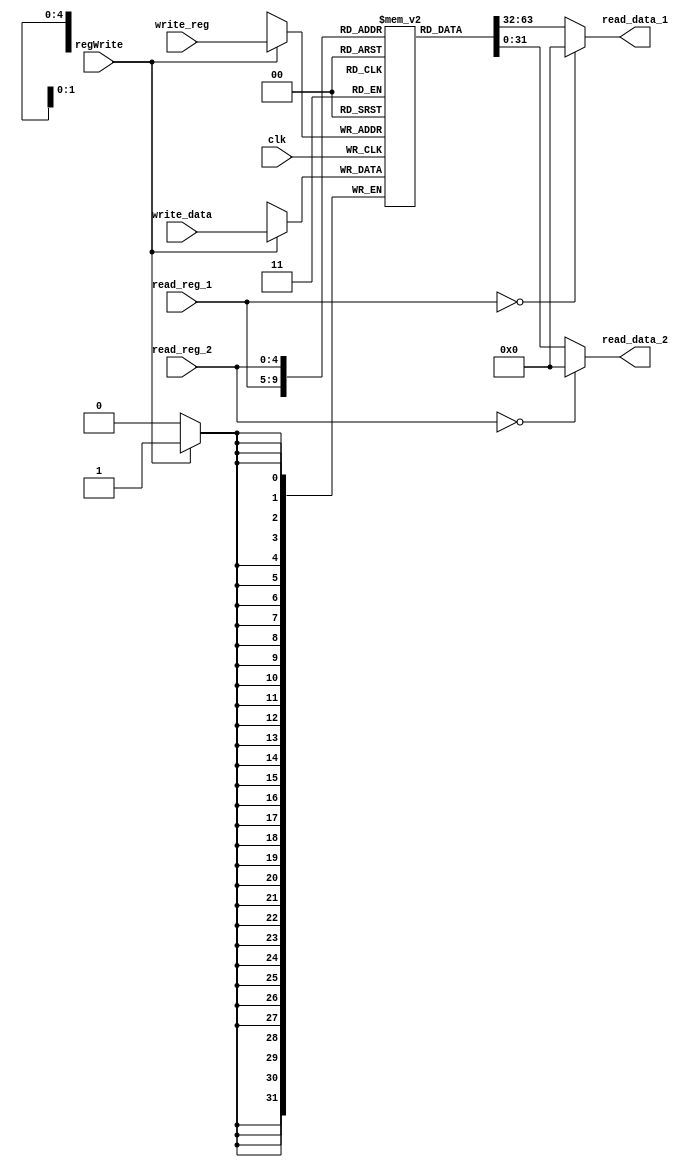
module rf(clk, read_reg_1, read_reg_2, write_reg, write_data, regWrite, read_data_1, read_data_2);
input clk;
input [4:0] read_reg_1, read_reg_2, write_reg;
input [31:0] write_data;
input regWrite;
output reg [31:0] read_data_1, read_data_2;
reg [31:0] registers[31:0];
always @ (read_reg_1, read_reg_2)
begin
read_data_1 <= (read_reg_1==0)? 32'b0 : registers[read_reg_1];
read_data_2 <= (read_reg_2==0)? 32'b0 : registers[read_reg_2];
end
always @(posedge clk)
begin
if(regWrite)
begin
registers[write_reg] <= write_data;
end
end
endmodule